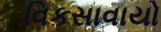
વિકસાવાયો